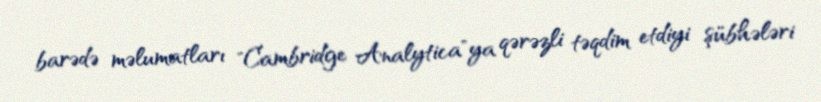
barədə məlumatları "Cambridge Analytica"ya qərəzli təqdim etdiyi şübhələri